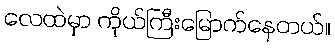
လေထဲမှာ ကိုယ်ကြီးမြောက်နေတယ်။